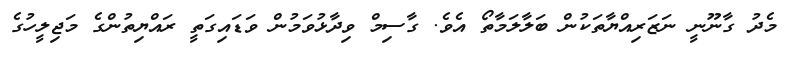
މެދު ގާނޫނީ ނަޒަރިއްޔާތަކުން ބަލާލަމާތޯ އެވެ. ގާސިމް ވިދާޅުވަމުން ވަޑައިގަތީ ރައްޔިތުންގެ މަޖިލީހުގެ